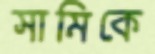
সামিকে